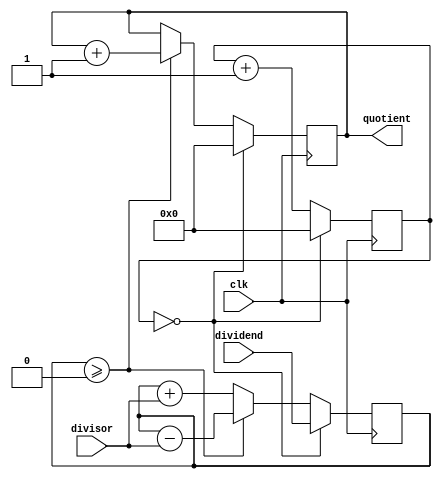
module counter_based_divider (
    input            clk,          // Clock input
    input      [7:0] dividend,     // Input dividend
    input      [7:0] divisor,      // Input divisor
    output reg [7:0] quotient      // Output quotient
    );

    reg [7:0] remainder;            // Variable to store the remainder
    reg [7:0] counter;              // Counter for division process
    
    always @(posedge clk) begin
        if (counter == 0) begin
            quotient <= 0;          // Reset quotient
            remainder <= dividend;  // Initialize remainder
            counter <= 0;           // Initialize counter
        end else begin
            // Subtract divisor from remainder
            remainder <= remainder - divisor;
            if (remainder >= 0) begin
                // Increment quotient
                quotient <= quotient + 1;
            end else begin
                // Add divisor back to remainder
                remainder <= remainder + divisor;
            end
            // Increment counter
            counter <= counter + 1;
        end
    end
endmodule